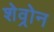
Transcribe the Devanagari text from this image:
शेव्रोन